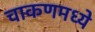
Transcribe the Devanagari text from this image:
चाकणमध्ये